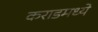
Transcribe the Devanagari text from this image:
कराडमध्ये